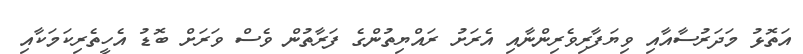
އަތޮޅު މަދަރުސާއާއި ވިޔަފާރިވެރިންނާއި އެރަށު ރައްޔިތުންގެ ފަރާތުން ވެސް ވަރަށް ބޮޑު އެހީތެރިކަމަކާއި